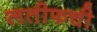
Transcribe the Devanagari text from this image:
लतीफची